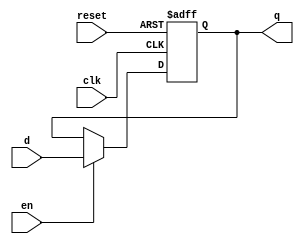
`timescale 1ns / 1ps
//////////////////////////////////////////////////////////////////////////////////
// Company: 
// Engineer: 
// 
// Design Name: 
// Module Name: flopenr
// Project Name: 
// Target Devices: 
// Tool Versions: 
// Description: 
// 
// Dependencies: 
// 
// Revision:
// Revision 0.01 - File Created
// Additional Comments:
// 
//////////////////////////////////////////////////////////////////////////////////


module pc(
    input clk, reset,
    input en, 
    input [31:0] d, 
    output reg [31:0] q
);
    always @(posedge clk or posedge reset) 
        if(reset) q<=32'hbfc00000; 
        else if(en) q<=d; 
    
endmodule